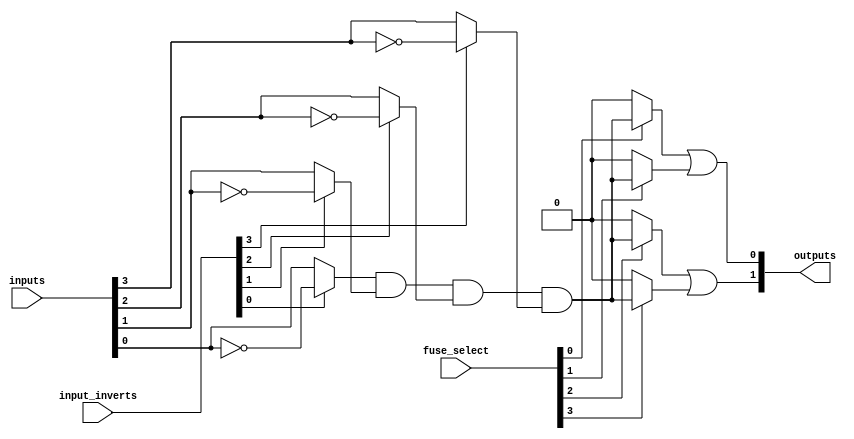
module FusedPAL #(parameter N = 4, M = 2, P = 4) (
    input  wire [N-1:0] inputs,        // Input signals
    input  wire [N-1:0] input_inverts, // Input inversion control
    input  wire [P-1:0] fuse_select,    // Fuse selection for AND gates
    output wire [M-1:0] outputs         // Output signals
);

// Internal signals for AND gate outputs
wire [P-1:0] and_outputs;

// Generate the AND gates based on the input signals and their inversions
genvar i, j;
generate
    for (i = 0; i < P; i = i + 1) begin : and_array
        wire [N-1:0] and_input;
        assign and_input = { 
            (input_inverts[N-1] ? ~inputs[N-1] : inputs[N-1]),
            (input_inverts[N-2] ? ~inputs[N-2] : inputs[N-2]),
            (input_inverts[N-3] ? ~inputs[N-3] : inputs[N-3]),
            (input_inverts[N-4] ? ~inputs[N-4] : inputs[N-4])
        };
        
        // AND gate logic
        assign and_outputs[i] = fuse_select[i] ? (and_input[0] & and_input[1] & and_input[2] & and_input[3]) : 1'b0;
    end
endgenerate

// Fixed OR gates combining the outputs of the AND gates
assign outputs[0] = and_outputs[0] | and_outputs[1]; // Example OR gate
assign outputs[1] = and_outputs[2] | and_outputs[3]; // Example OR gate

endmodule